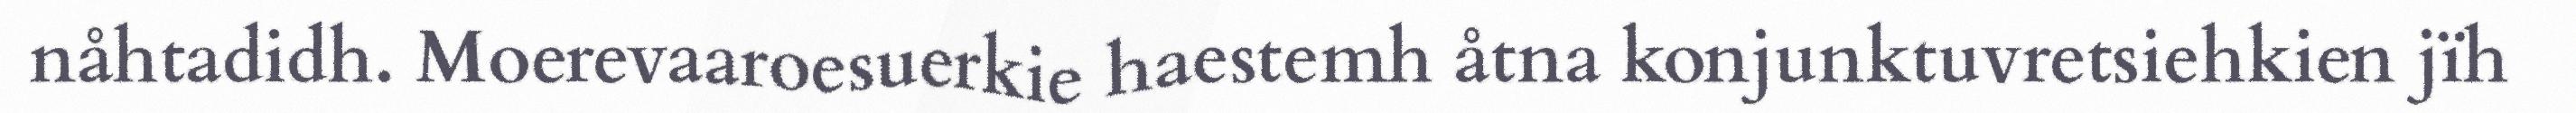
nåhtadidh. Moerevaaroesuerkie haestemh åtna konjunktuvretsiehkien jïh